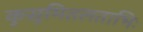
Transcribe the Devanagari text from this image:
कुसुमितलताभिः